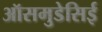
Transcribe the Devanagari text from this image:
ऑसमुडेसिई